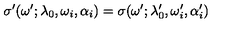
\sigma ^ { \prime } ( \omega ^ { \prime } ; \lambda _ { 0 } , \omega _ { i } , \alpha _ { i } ) = \sigma ( \omega ^ { \prime } ; \lambda _ { 0 } ^ { \prime } , \omega _ { i } ^ { \prime } , \alpha _ { i } ^ { \prime } )